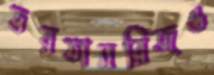
ভরতামরিজও